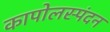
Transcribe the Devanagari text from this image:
कापोलस्पंदन